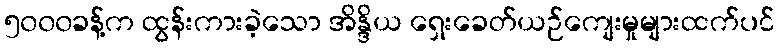
၅၀၀၀ခန့်က ထွန်းကားခဲ့သော အိန္ဒိယ ရှေးခေတ်ယဉ်ကျေးမှုများထက်ပင်